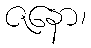
ဇနော၊